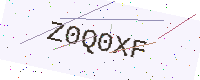
Text: Z0Q0XF